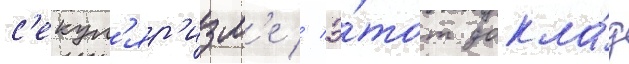
с'екул'яр'изм'е // Э́тот докла́д